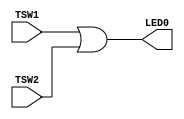
module OR_Circuit(TSW1, TSW2, LED0);

	input TSW1, TSW2;
	output LED0;
	
	assign LED0 = TSW1 | TSW2;
	
endmodule